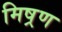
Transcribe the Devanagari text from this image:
मिष्रण